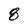
Character: 8